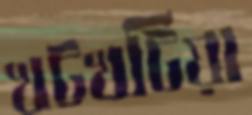
খটখটিয়া